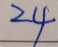
2 4